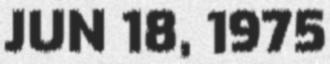
JUN 18, 1975